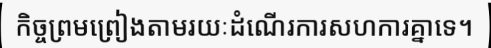
កិច្ចព្រមព្រៀងតាមរយៈដំណើរការសហការគ្នាទេ។